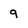
Character: 9